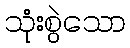
သုံးစွဲသော